Madras plague regulations and rules - Volume 2
Disease focus: Plague
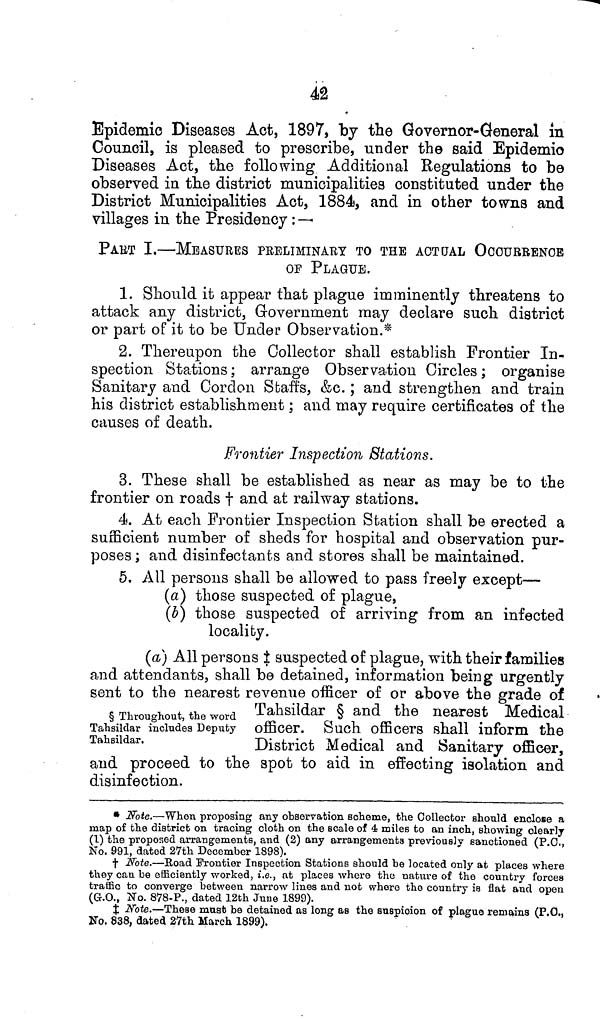
42
Epidemic Diseases Act, 1897, by the Governor-General in
Council, is pleased to prescribe, under the said Epidemic
Diseases Act, the following Additional Regulations to be
observed in the district municipalities constituted under the
District Municipalities Act, 1884, and in other towns and
villages in the Presidency : —
PABT I.—MEASURES PRELIMINARY TO THE ACTUAL OCCURRENCE
OP PLAGUE,
1. Should it appear that plague imminently threatens to
attack any district, Government may declare such district
or part of it to be Under Observation.*
2. Thereupon the Collector shall establish Frontier In-
spection Stations; arrange Observation Circles; organise
Sanitary and Cordon Staffs, &c.; and strengthen and train
his district establishment; and may require certificates of the
causes of death.
Frontier Inspection Stations.
3. These shall be established as near as may be to the
frontier on roads † and at railway stations.
4. At each Frontier Inspection Station shall be erected a
sufficient number of sheds for hospital and observation pur-
poses ; and disinfectants and stores shall be maintained.
5. All persons shall be allowed to pass freely except—
(a) those suspected of plague,
(b) those suspected of arriving from an infected
locality.
(a) All persons ‡ suspected of plague, with their families
and attendants, shall be detained, information being urgently
sent to the nearest revenue officer of or above the grade of
§ Throughout, the word Tahsildar § and the nearest Medical
Tahsiidar includes Deputy officer. Such officers shall inform the
Tahsildar.
District Medical and Sanitary officer,
and proceed to the spot to aid in effecting isolation and
disinfection.
* Note.—When proposing any observation scheme, the Collector should enclose a
map of the district on tracing cloth on the scale of 4 miles to an inch, showing clearly
(1) the proposed arrangements, and (2) any arrangements previously sanctioned (P.C.,
No. 991, dated 27th December 1898).
† Note.—Road Frontier Inspection Stations should be located only at places where
they can be efficiently worked, i.e., at places where the nature of the country forces
traffic to converge between narrow lines and not where the country is flat and open
(G.O., No. 878-P., dated 12th June 1899).
‡ Note.—These mast be detained as long as the suspicion of plague remains (P.O.,
Ho. 838, dated 27th March 1899).